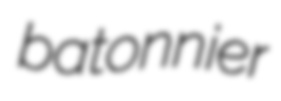
batonnier